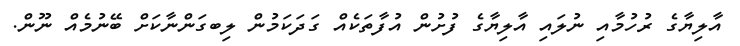
އާލިޔާގެ ރުހުމާއި ނުލައި އާލިޔާގެ ފުށުން އުފާތަކެއް ގަދަކަމުން ލިބގަންނާކަށް ބޭނުމެއް ނޫން.